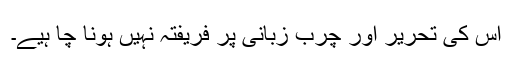
اس کی تحریر اور چرب زبانی پر فریفتہ نہیں ہونا چا ہیے۔